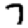
Digit: 7